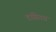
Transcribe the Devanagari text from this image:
टासिटस